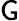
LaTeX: \mathsf{G}